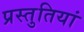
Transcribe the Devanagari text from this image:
प्रस्‍तुतियां